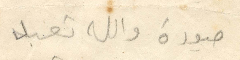
صورة والله تعبد